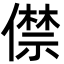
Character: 僸